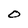
Character: 0